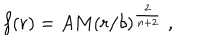
f ( r ) = A M ( r / \delta ) ^ { \frac { 2 } { n + 2 } } \; ,